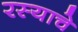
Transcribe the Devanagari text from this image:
रस्याचे